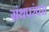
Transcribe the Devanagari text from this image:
ग्रंथपरंपरा